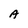
Character: A